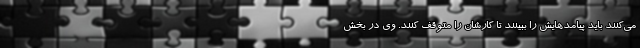
می‌کنند باید پیامدهایش را ببینند تا کارشان را متوقف کنند. وی در بخش